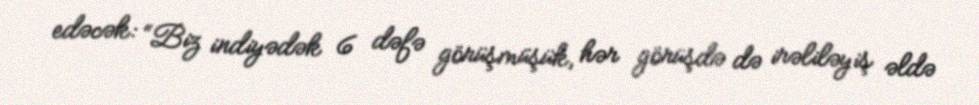
edəcək: “Biz indiyədək 6 dəfə görüşmüşük, hər görüşdə də irəliləyiş əldə